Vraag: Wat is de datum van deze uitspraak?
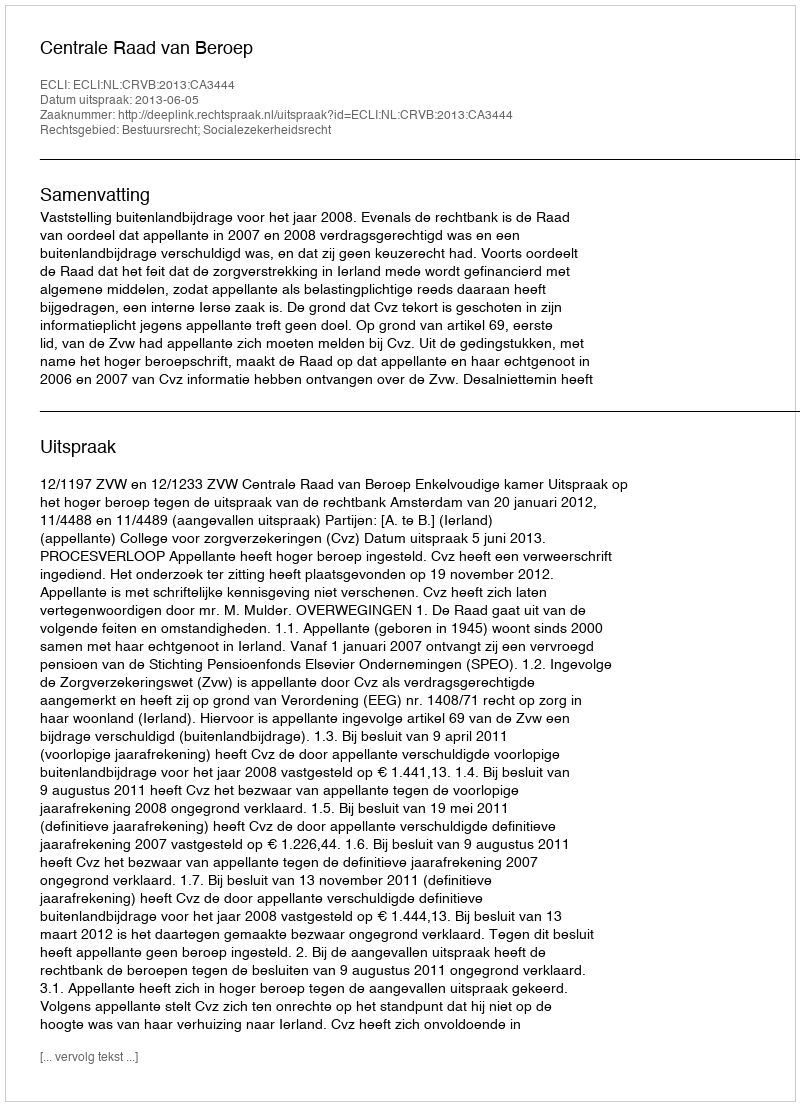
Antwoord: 2013-06-05